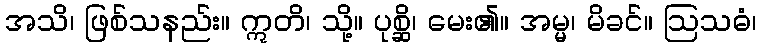
အသိ၊ ဖြစ်သနည်း။ ဣတိ၊ သို့။ ပုစ္ဆိ၊ မေး၏။ အမ္မ၊ မိခင်။ ဩသဓံ၊